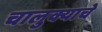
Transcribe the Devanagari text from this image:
चालुक्याचे